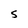
Character: S